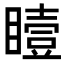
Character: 𪾼